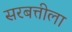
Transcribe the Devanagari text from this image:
सरबत्तीला